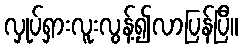
လှုပ်ရှားလူးလွန့်၍လာပြန်ပြီ။